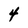
Character: 4